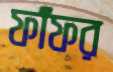
ফাঁফর